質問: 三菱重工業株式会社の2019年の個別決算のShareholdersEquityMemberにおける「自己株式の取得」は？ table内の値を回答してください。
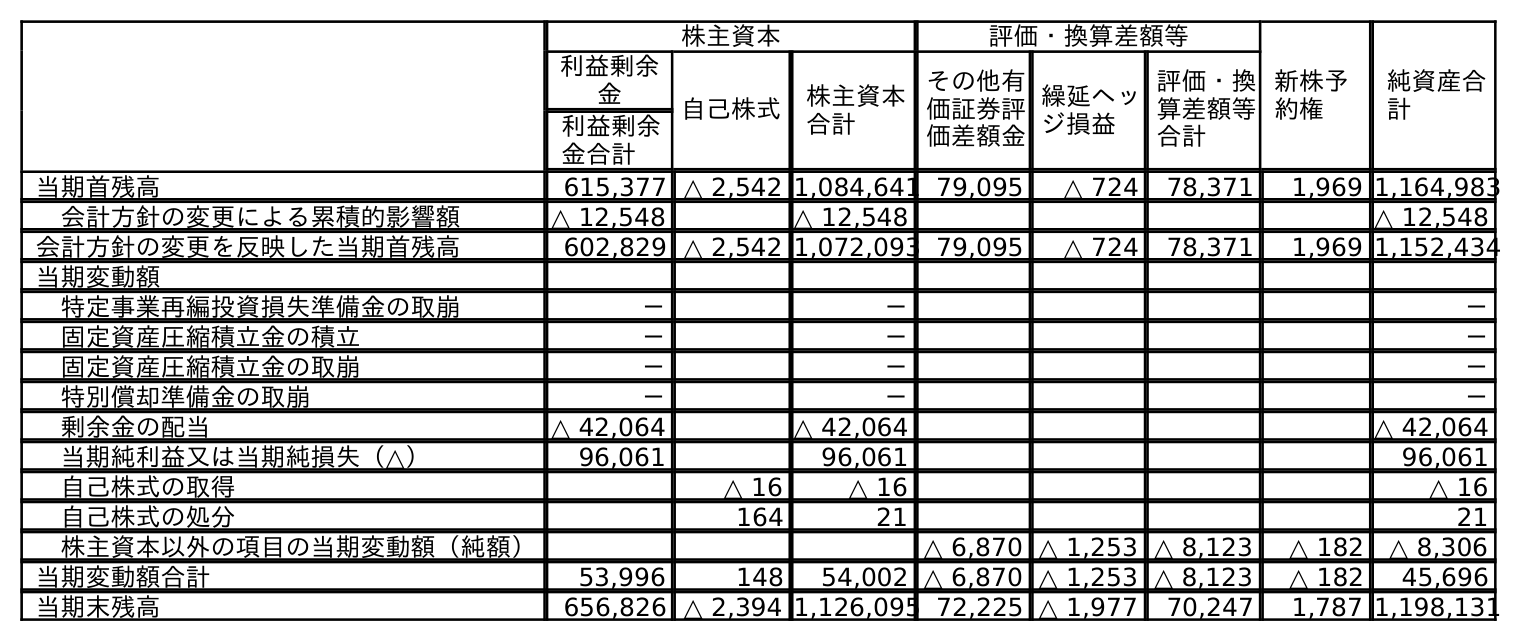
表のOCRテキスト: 株主資本 評価・換算差額等 新株予 約権 純資産合 計 利益剰余 金 自己株式 株主資本 合計 その他有 価証券評 価差額金 繰延ヘッ ジ損益 評価・換 算差額等 合計 利益剰余 金合計 当期首残高 615,377 △ 2,542 1,084,641 79,095 △ 724 78,371 1,969 1,164,983 会計方針の変更による累積的影響額 △ 12,548 △ 12,548 △ 12,548 会計方針の変更を反映した当期首残高 602,829 △ 2,542 1,072,093 79,095 △ 724 78,371 1,969 1,152,434 当期変動額 特定事業再編投資損失準備金の取崩 － － － 固定資産圧縮積立金の積立 － － － 固定資産圧縮積立金の取崩 － － － 特別償却準備金の取崩 － － － 剰余金の配当 △ 42,064 △ 42,064 △ 42,064 当期純利益又は当期純損失（△） 96,061 96,061 96,061 自己株式の取得 △ 16 △ 16 △ 16 自己株式の処分 164 21 21 株主資本以外の項目の当期変動額（純額） △ 6,870 △ 1,253 △ 8,123 △ 182 △ 8,306 当期変動額合計 53,996 148 54,002 △ 6,870 △ 1,253 △ 8,123 △ 182 45,696 当期末残高 656,826 △ 2,394 1,126,095 72,225 △ 1,977 70,247 1,787 1,198,131
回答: △16